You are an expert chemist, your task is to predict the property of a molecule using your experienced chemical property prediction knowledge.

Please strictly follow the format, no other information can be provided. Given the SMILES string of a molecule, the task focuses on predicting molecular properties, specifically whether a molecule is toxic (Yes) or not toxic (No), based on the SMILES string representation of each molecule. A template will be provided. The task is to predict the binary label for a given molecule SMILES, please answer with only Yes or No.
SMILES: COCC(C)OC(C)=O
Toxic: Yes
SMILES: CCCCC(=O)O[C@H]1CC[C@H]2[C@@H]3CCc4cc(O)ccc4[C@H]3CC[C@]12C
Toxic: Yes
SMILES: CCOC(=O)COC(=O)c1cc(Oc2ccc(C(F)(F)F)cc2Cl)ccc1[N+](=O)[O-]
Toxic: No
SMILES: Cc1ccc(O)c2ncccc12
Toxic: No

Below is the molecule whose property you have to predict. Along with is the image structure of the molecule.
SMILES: O=[N+]([O-])c1ccc2ccc3cccc4ccc1c2c34
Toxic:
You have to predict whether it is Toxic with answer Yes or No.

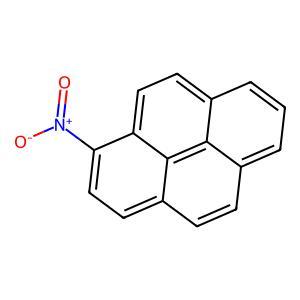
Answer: No